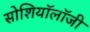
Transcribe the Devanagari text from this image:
सोशियॉलॉजी